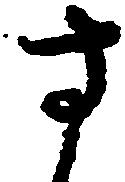
す